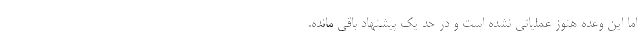
اما این وعده هنوز عملیاتی نشده است و در حد یک پیشنهاد باقی مانده.